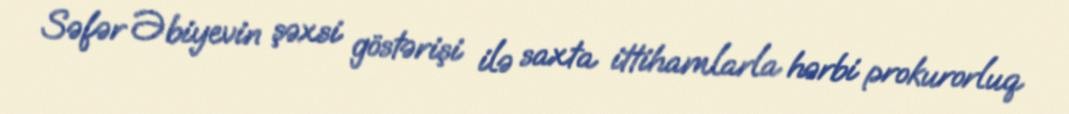
Səfər Əbiyevin şəxsi göstərişi ilə saxta ittihamlarla hərbi prokurorluq